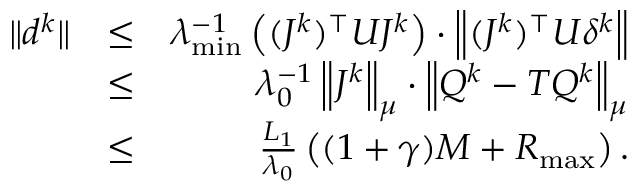
\begin{array} { r l r } { \| d ^ { k } \| } & { \leq } & { \lambda _ { \operatorname* { m i n } } ^ { - 1 } \left( ( J ^ { k } ) ^ { \top } U J ^ { k } \right) \cdot \left\| ( J ^ { k } ) ^ { \top } U \delta ^ { k } \right\| } \\ & { \leq } & { \lambda _ { 0 } ^ { - 1 } \left\| J ^ { k } \right\| _ { \mu } \cdot \left\| Q ^ { k } - T Q ^ { k } \right\| _ { \mu } } \\ & { \leq } & { \frac { L _ { 1 } } { \lambda _ { 0 } } \left( ( 1 + \gamma ) M + R _ { \operatorname* { m a x } } \right) . } \end{array}